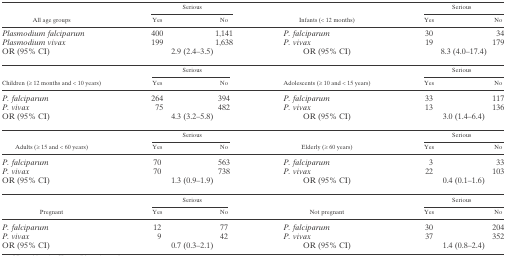
<table><thead><tr><td rowspan="2"><b>All age groups</b></td><td colspan="2"><b>Serious</b></td><td rowspan="2"><b>Infants (&lt; 12 months)</b></td><td colspan="2"><b>Serious</b></td></tr><tr><td><b>Yes</b></td><td><b>No</b></td><td><b>Yes</b></td><td><b>No</b></td></tr></thead><tbody><tr><td><i>Plasmodium falciparum</i></td><td>400</td><td>1,141</td><td><i>P. falciparum</i></td><td>30</td><td>34</td></tr><tr><td><i>Plasmodium vivax</i></td><td>199</td><td>1,638</td><td><i>P. vivax</i></td><td>19</td><td>179</td></tr><tr><td>OR (95% CI)</td><td colspan="2">2.9 (2.4–3.5)</td><td>OR (95% CI)</td><td colspan="2">8.3 (4.0–17.4)</td></tr><tr><td rowspan="2">Children (≥ 12 months and &lt; 10 years)</td><td colspan="2">Serious</td><td rowspan="2">Adolescents (≥ 10 and &lt; 15 years)</td><td colspan="2">Serious</td></tr><tr><td>Yes</td><td>No</td><td>Yes</td><td>No</td></tr><tr><td><i>P. falciparum</i></td><td>264</td><td>394</td><td><i>P. falciparum</i></td><td>33</td><td>117</td></tr><tr><td><i>P. vivax</i></td><td>75</td><td>482</td><td><i>P. vivax</i></td><td>13</td><td>136</td></tr><tr><td>OR (95% CI)</td><td colspan="2">4.3 (3.2–5.8)</td><td>OR (95% CI)</td><td colspan="2">3.0 (1.4–6.4)</td></tr><tr><td rowspan="2">Adults (≥ 15 and &lt; 60 years)</td><td colspan="2">Serious</td><td rowspan="2">Elderly (≥ 60 years)</td><td colspan="2">Serious</td></tr><tr><td>Yes</td><td>No</td><td>Yes</td><td>No</td></tr><tr><td><i>P. falciparum</i></td><td>70</td><td>563</td><td><i>P. falciparum</i></td><td>3</td><td>33</td></tr><tr><td><i>P. vivax</i></td><td>70</td><td>738</td><td><i>P. vivax</i></td><td>22</td><td>103</td></tr><tr><td>OR (95% CI)</td><td colspan="2">1.3 (0.9–1.9)</td><td>OR (95% CI)</td><td colspan="2">0.4 (0.1–1.6)</td></tr><tr><td rowspan="2">Pregnant</td><td colspan="2">Serious</td><td rowspan="2">Not pregnant</td><td colspan="2">Serious</td></tr><tr><td>Yes</td><td>No</td><td>Yes</td><td>No</td></tr><tr><td><i>P. falciparum</i></td><td>12</td><td>77</td><td><i>P. falciparum</i></td><td>30</td><td>204</td></tr><tr><td><i>P. vivax</i></td><td>9</td><td>42</td><td><i>P. vivax</i></td><td>37</td><td>352</td></tr><tr><td>OR (95% CI)</td><td colspan="2">0.7 (0.3–2.1)</td><td>OR (95% CI)</td><td colspan="2">1.4 (0.8–2.4)</td></tr></tbody></table>